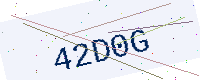
Text: 42D0G